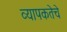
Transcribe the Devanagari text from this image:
व्यापकतेचे